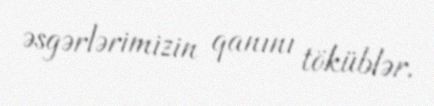
əsgərlərimizin qanını töküblər.